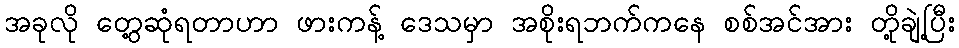
အခုလို တွေ့ဆုံရတာဟာ ဖားကန့် ဒေသမှာ အစိုးရဘက်ကနေ စစ်အင်အား တို့ချဲ့ပြီး